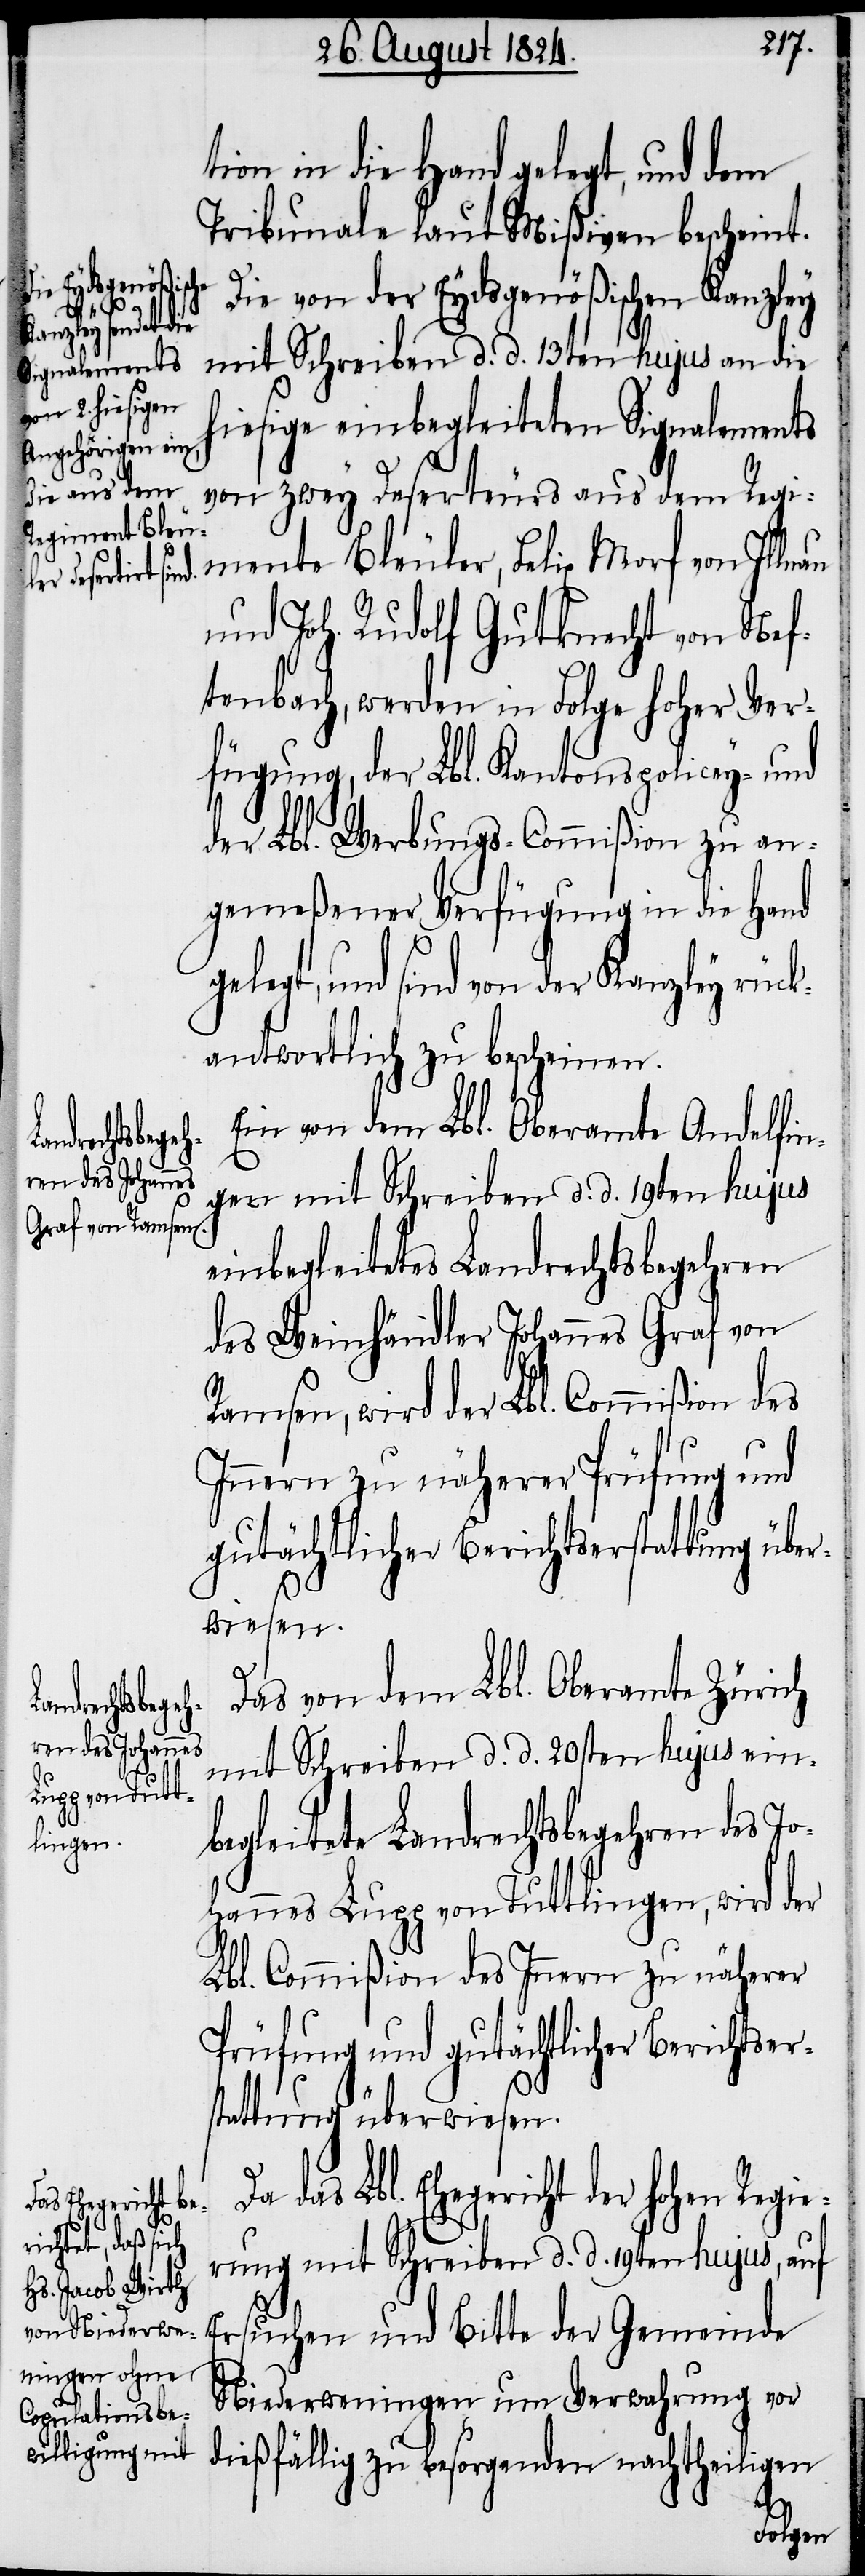
tion in die Hand gelegt, und dem
Tribunale laut Mißiven bescheint.
Die von der Eydsgenößischen Kanzley
te der Gemeinde
mit Schreiben d. d. 13ten hujus an die
hiesige einbegleiteten Signalements
von zwey Deserteurs aus dem Regi¬
mente Bleuler, Felix Morf von Illnau
und Joh. Rudolf Gutknecht von Nef¬
tenbach, werden in Folge hoher Ver¬
fügung, der Lbl. Kantons-Policey- und
der Lbl. Werbungs-Commißion zu an¬
gemeßener Verfügung in die Hand
gelegt, und sind von der Kanzley rück¬
antwortlich zu bescheinen.
Ein von dem Lbl. Oberamte Andelfin¬
gen mit Schreiben d. d. 19ten hujus
einbegleitetes Landrechtsbegehren
des Weinhändler Johannes Graf von
Ramsen, wird der Lbl. Commißion des
Innern zu näherer Prüfung und
gutächtlicher Berichtserstattung übe¬
rwiesen.
Das von dem Lbl. Oberamte Zürich
mit Schreiben d. d. 20sten hujus ein¬
begleitete Landrechtsbegehren des Jo¬
hannes Lupp von Tuttlingen, wird der
Lbl. Commißion des Innern zu näherer
Prüfung und gutächtlicher Berichtser¬
stattung überwiesen.
das Lbl. Ehegericht der hohen Regie¬
rung mit Schreiben d. d. 19ten hujus, auf
Niederweningen um Verwahrung vor
dießfällig zu besorgenden nachtheiligen